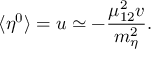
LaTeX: \langle \eta ^ { 0 } \rangle = u \simeq - { \frac { \mu _ { 1 2 } ^ { 2 } v } { m _ { \eta } ^ { 2 } } } .